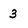
Character: 3